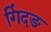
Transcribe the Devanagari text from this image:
गिंदङ